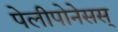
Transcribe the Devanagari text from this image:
पेलीपोनेसस्‌